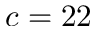
c = 2 2